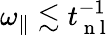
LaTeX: \omega_{\parallel}\lesssim t_{\mathrm{~n~l~}}^{-1}